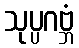
သုပ္ပဂဗ္ဘံ